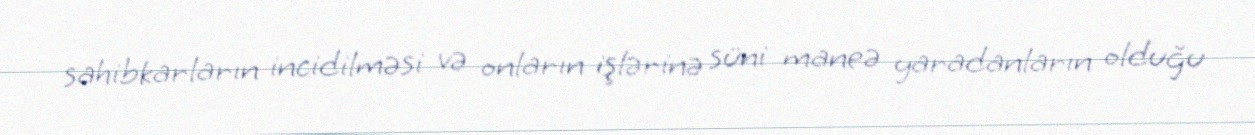
sahibkarların incidilməsi və onların işlərinə süni maneə yaradanların olduğu